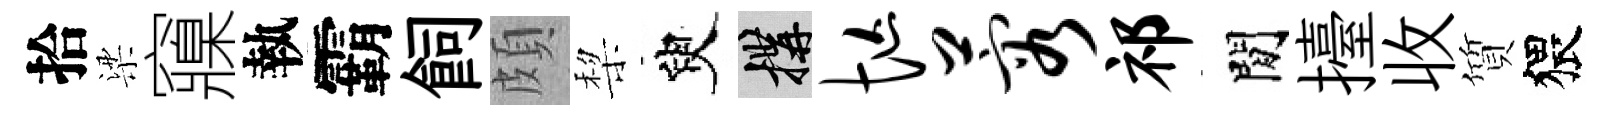
拾梁䆿執霸飼頗棃臾構忙蓉祁閒擡收質猥